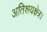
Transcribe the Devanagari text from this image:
अतिशयक्षेत्र।